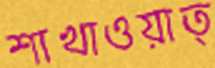
শাখাওয়াত্